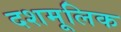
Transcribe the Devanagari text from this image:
दशमूलिक